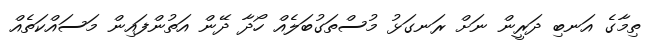
ތިމާގެ އަނބި ދަރީން ނަށް ރަނގަޅު މުސްތަގުބަލެއް ހޯދާ ދޭން އަތުންފައިން މަސައްކަތެއް